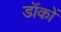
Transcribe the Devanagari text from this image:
डॉकों